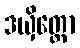
ဒယှိတ္ထော